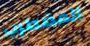
المضطرب